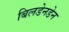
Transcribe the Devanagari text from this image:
बिलडेनडेन